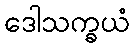
ဒေါသက္ခယံ